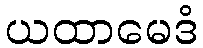
ယထာမေဒံ